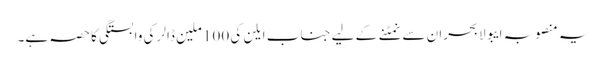
یہ منصوبہ ایبولا بحران سے نمٹنے کے لیے جناب ایلن کی 100 ملین ڈالر کی وابستگی کا حصہ ہے۔